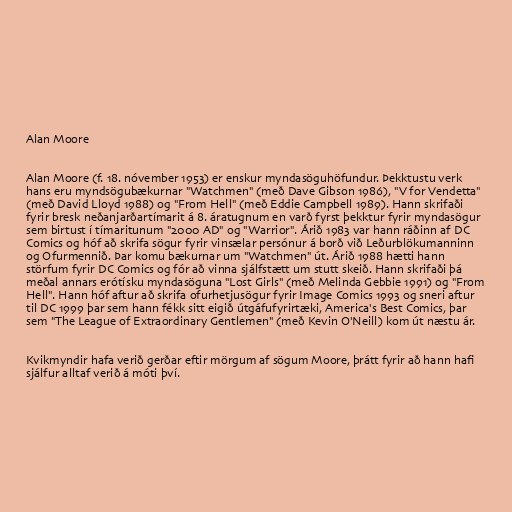
Alan Moore

Alan Moore (f. 18. nóvember 1953) er enskur myndasöguhöfundur. Þekktustu verk
hans eru myndsögubækurnar "Watchmen" (með Dave Gibson 1986), "V for Vendetta"
(með David Lloyd 1988) og "From Hell" (með Eddie Campbell 1989). Hann skrifaði
fyrir bresk neðanjarðartímarit á 8. áratugnum en varð fyrst þekktur fyrir myndasögur
sem birtust í tímaritunum "2000 AD" og "Warrior". Árið 1983 var hann ráðinn af DC
Comics og hóf að skrifa sögur fyrir vinsælar persónur á borð við Leðurblökumanninn
og Ofurmennið. Þar komu bækurnar um "Watchmen" út. Árið 1988 hætti hann
störfum fyrir DC Comics og fór að vinna sjálfstætt um stutt skeið. Hann skrifaði þá
meðal annars erótísku myndasöguna "Lost Girls" (með Melinda Gebbie 1991) og "From
Hell". Hann hóf aftur að skrifa ofurhetjusögur fyrir Image Comics 1993 og sneri aftur
til DC 1999 þar sem hann fékk sitt eigið útgáfufyrirtæki, America's Best Comics, þar
sem "The League of Extraordinary Gentlemen" (með Kevin O'Neill) kom út næstu ár.

Kvikmyndir hafa verið gerðar eftir mörgum af sögum Moore, þrátt fyrir að hann hafi
sjálfur alltaf verið á móti því.